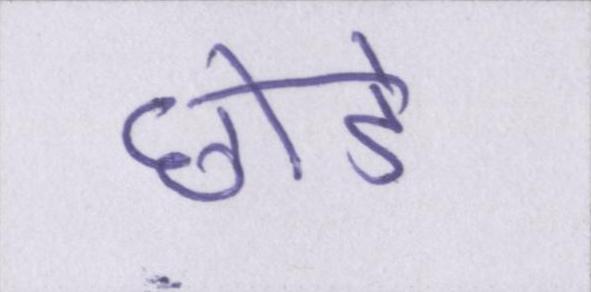
छोडें